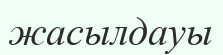
жасылдауы